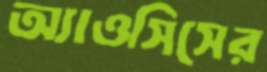
অ্যাওসিসের